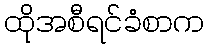
ထိုအစီရင်ခံစာက